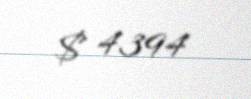
$ 4394